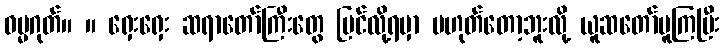
ဓမ္မဂုတ်။ ။ ရှေးရှေး ဆရာတော်ကြီးတွေ ပြင်လို့ရမှာ မဟုတ်တော့ဘူးလို့ ယူဆတော်မူကြပြီး